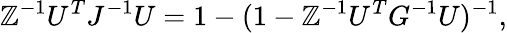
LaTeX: \mathbb{Z}^{-1}U^{T}J^{-1}U=1-(1-\mathbb{Z}^{-1}U^{T}G^{-1}U)^{-1},